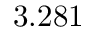
3 . 2 8 1